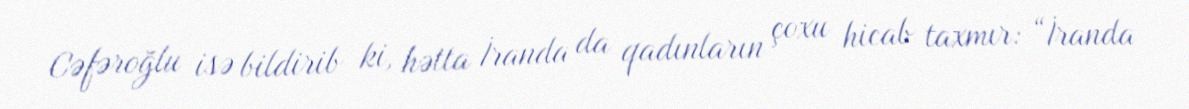
Cəfəroğlu isə bildirib ki, hətta İranda da qadınların çoxu hicab taxmır: “İranda